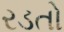
રડતો